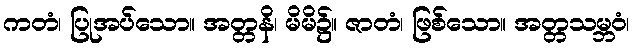
ကတံ၊ ပြုအပ်သော။ အတ္တနိ၊ မိမိ၌။ ဇာတံ၊ ဖြစ်သော။ အတ္တသမ္ဘဝံ၊